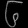
Digit: ၆